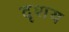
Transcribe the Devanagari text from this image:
दृशय